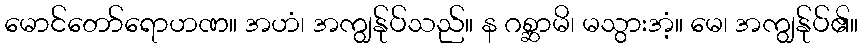
မောင်တော်ရောဟဏ။ အဟံ၊ အကျွန်ုပ်သည်။ န ဂစ္ဆာမိ၊ မသွားအံ့။ မေ၊ အကျွန်ုပ်၏။